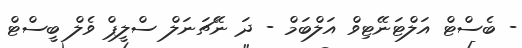
- ބެސްޓް އަލްޓަނޭޓިވް އަލްބަމް - ދަ ނޭޗަނަލް ސްލީޕް ވެލް ބީސްޓް